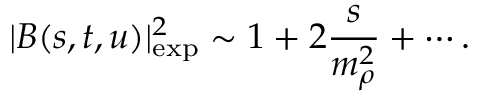
| B ( s , t , u ) | _ { \mathrm { e x p } } ^ { 2 } \sim 1 + 2 { \frac { s } { m _ { \rho } ^ { 2 } } } + \cdots .